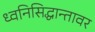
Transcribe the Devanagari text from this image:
ध्वनिसिद्धान्तावर